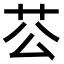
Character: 𦬘